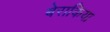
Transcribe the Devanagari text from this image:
बेराकिया